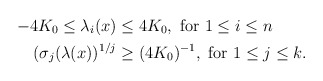
\begin{align*}-4K_0 \leq \lambda_i(x) \leq {} & 4K_0, \ \textrm{for } 1 \le i \le n \\ (\sigma_j(\lambda(x))^{1/j} \ge {} & (4K_0)^{-1}, \ \textrm{for } 1\le j \le k. \end{align*}